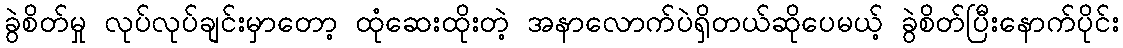
ခွဲစိတ်မှု လုပ်လုပ်ချင်းမှာတော့ ထုံဆေးထိုးတဲ့ အနာလောက်ပဲရှိတယ်ဆိုပေမယ့် ခွဲစိတ်ပြီးနောက်ပိုင်း